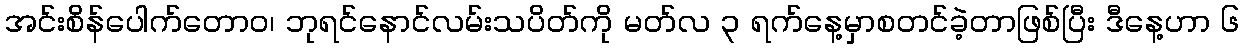
အင်းစိန်ပေါက်တောဝ၊ ဘုရင်နောင်လမ်းသပိတ်ကို မတ်လ ၃ ရက်နေ့မှာစတင်ခဲ့တာဖြစ်ပြီး ဒီနေ့ဟာ ၆